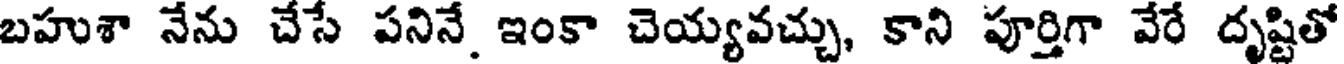
బహుశా నేను చేసే పనినే ఇంకా చెయ్యవచ్చు, కాని పూర్తిగా వేరే దృష్టితో